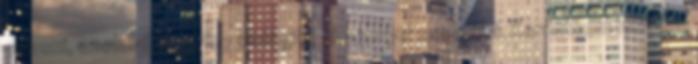
olvasni, azoknak nem fog kielégítő élménnyel szolgálni. Korántsem hibátlan